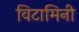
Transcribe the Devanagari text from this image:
विटामिनी